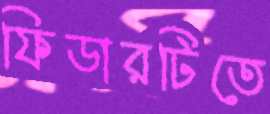
ফিডারটিতে